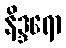
နိဒ္ဒရော